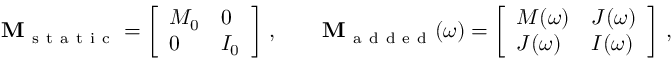
\mathbf { M } _ { \mathrm { ~ s ~ t ~ a ~ t ~ i ~ c ~ } } = \left[ \begin{array} { l l } { M _ { 0 } } & { 0 } \\ { 0 } & { I _ { 0 } } \end{array} \right] \, , \qquad \mathbf { M } _ { \mathrm { ~ a ~ d ~ d ~ e ~ d ~ } } ( \omega ) = \left[ \begin{array} { l l } { M ( \omega ) } & { J ( \omega ) } \\ { J ( \omega ) } & { I ( \omega ) } \end{array} \right] \, ,